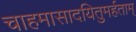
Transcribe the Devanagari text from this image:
चाहमासादयितुमर्हताम्‌